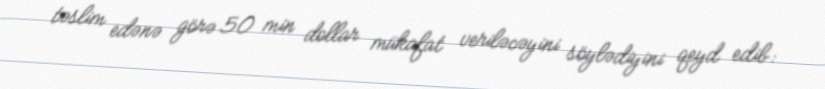
təslim edənə görə 50 min dollar mükafat veriləcəyini söylədiyini qeyd edib: